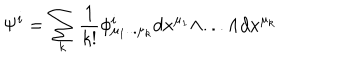
\Psi ^ { i } = \sum _ { k } { \frac { 1 } { k ! } } \phi _ { \mu _ { 1 } . . . \mu _ { k } } ^ { i } d x ^ { \mu _ { 1 } } \wedge . . . \wedge d x ^ { \mu _ { k } }